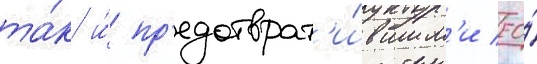
та́к и́ пр'едотврат'и́вшим'и ео́